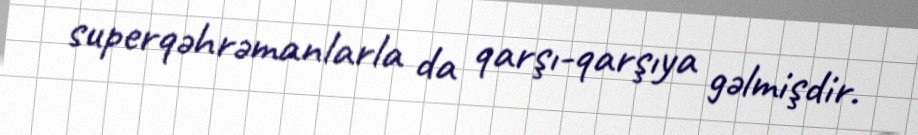
superqəhrəmanlarla da qarşı-qarşıya gəlmişdir.